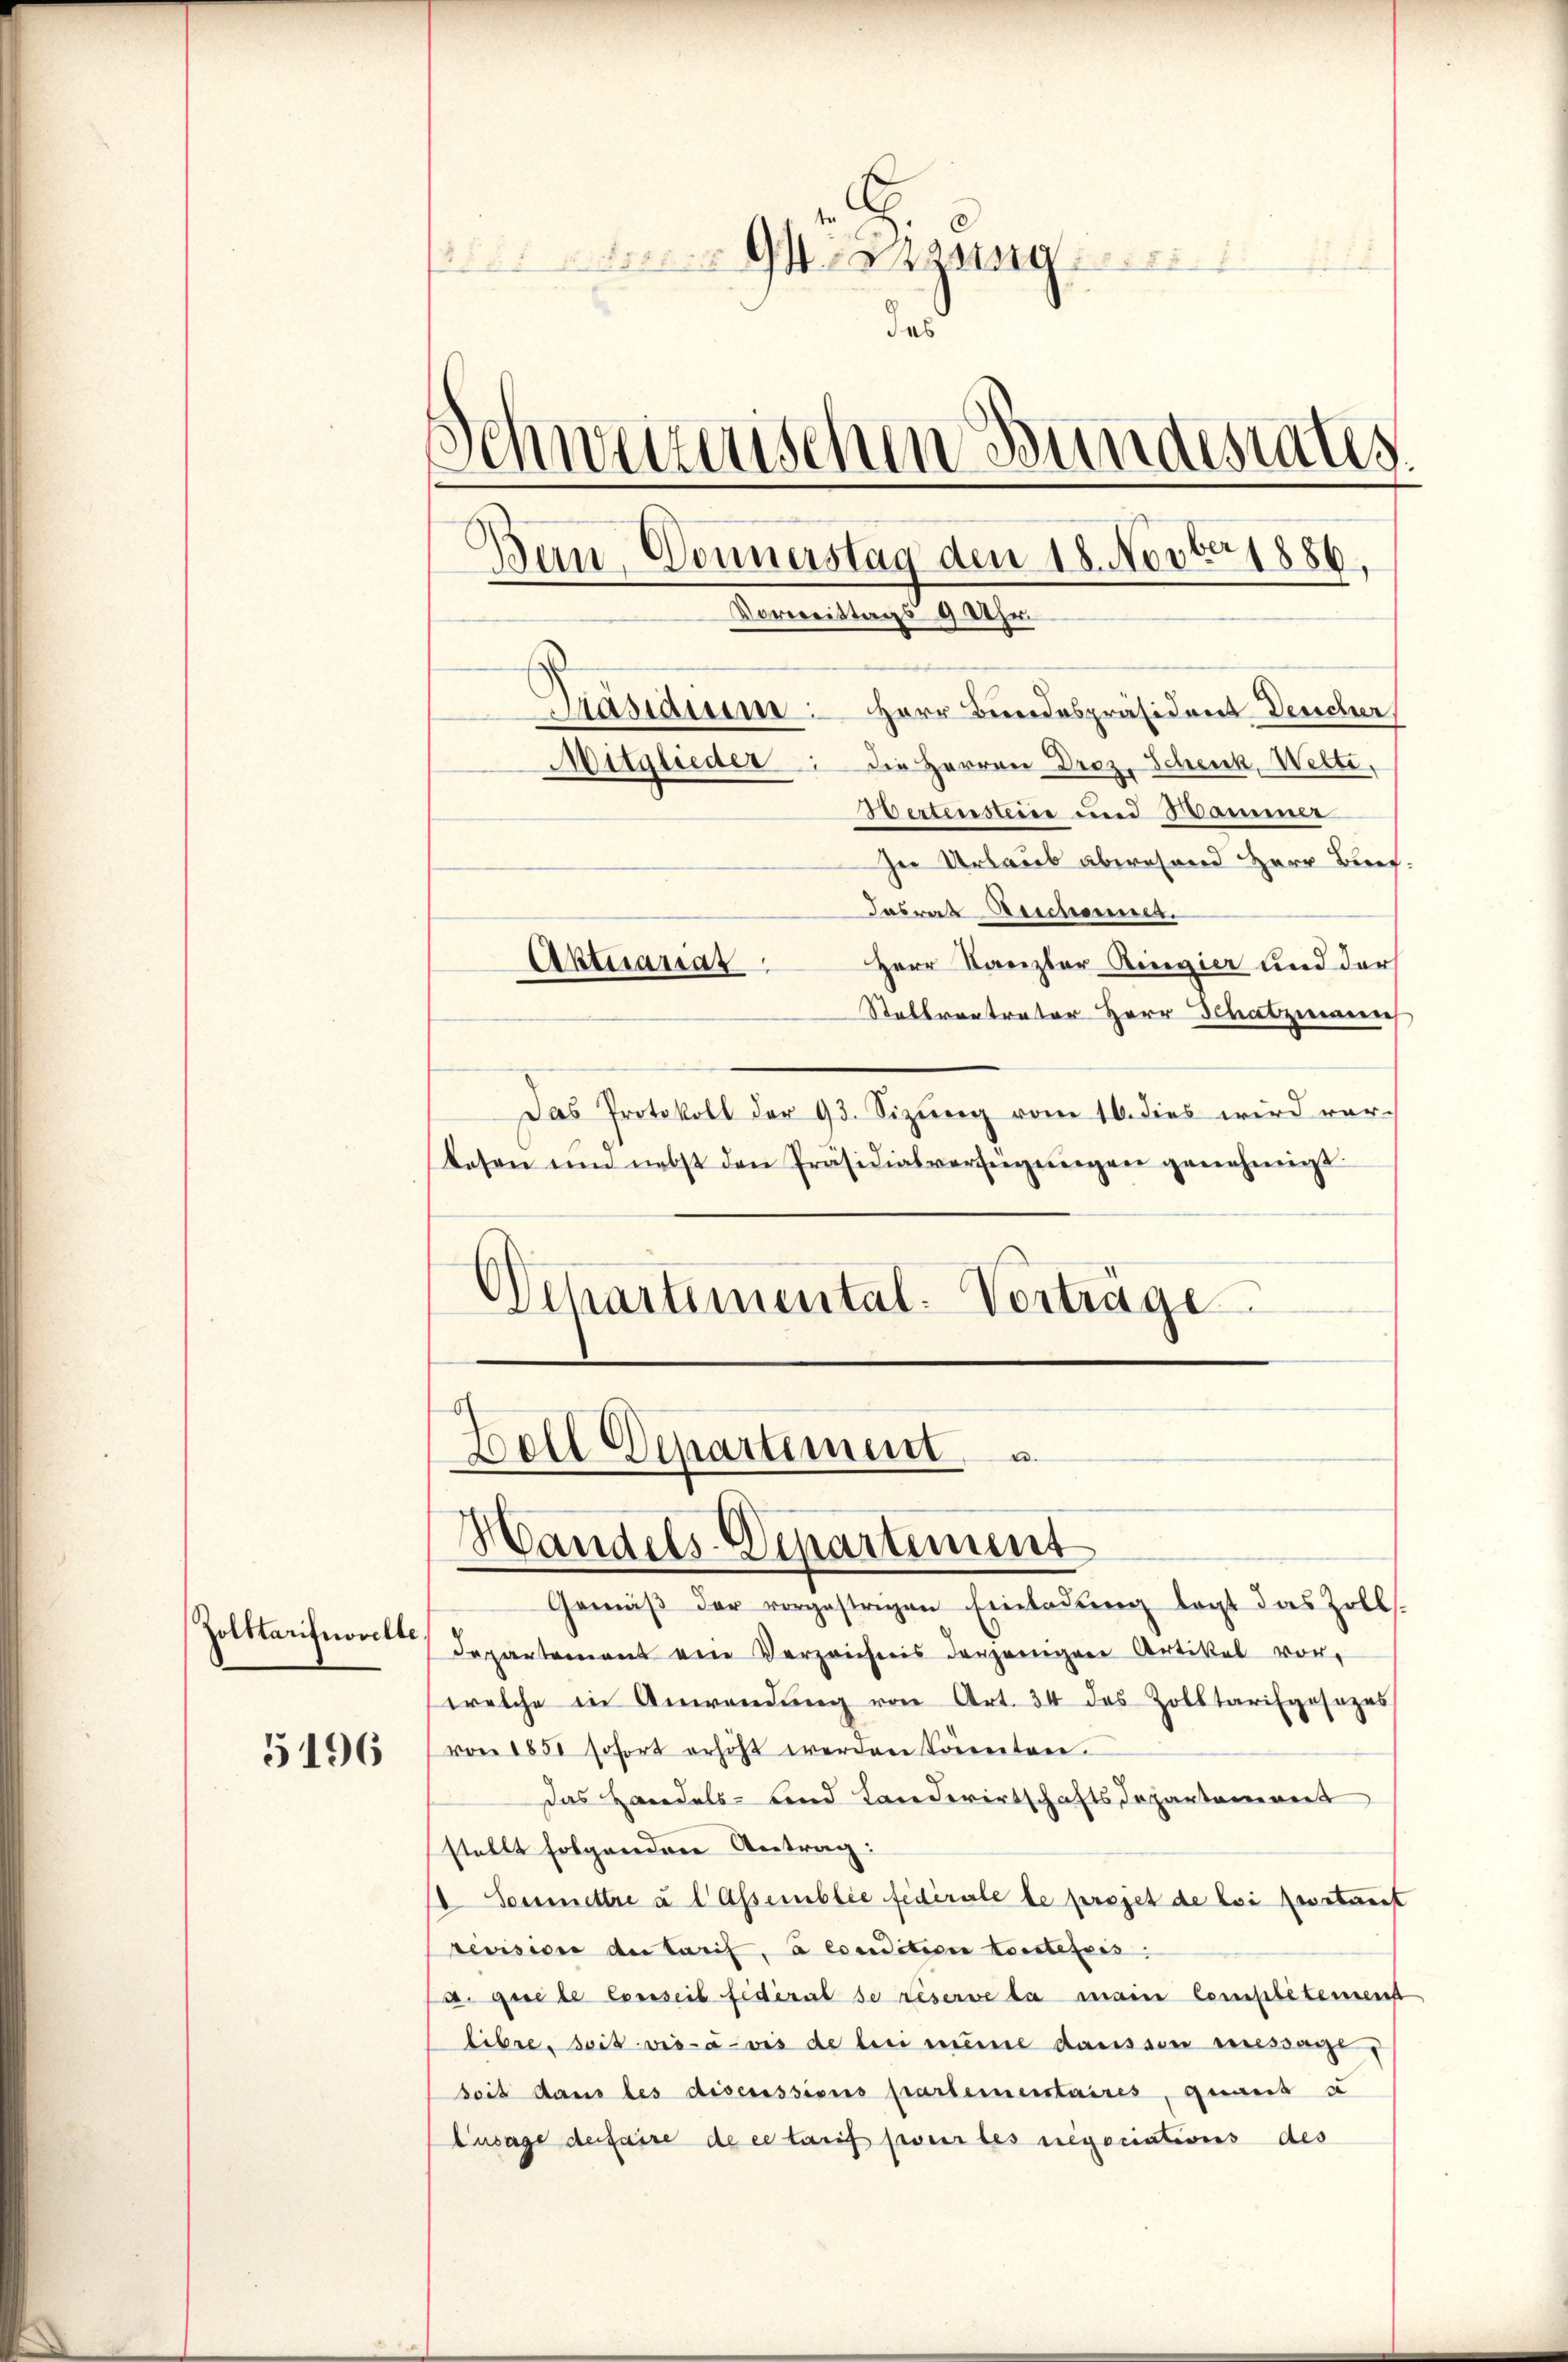
Zolttarifnovelle

5196

s
Schweizerischen Bundestates.
Bern, Donnerstag den 18. Novber 1886.
Vorereittags 9 Uhr.
.
Bastaine: Herr Bundespräsident Desicher
Mitglieder die Herren Droz. Schenk, Wette,

Bertensteine und Hammer
In Urlaub abwesend Herr Burf:
Tasrat Bescheint.
Herr Kanzler Ringier und der
Stellvertreter Herr Schatzmann
Das Protokoll der 93. Sizŭng vom 16. dies wird ver-
Lesen um nebst den Präsidialverfügungen genehmigt
Separtemental. Verträge
Boll Departement
Handels-Departement
Gemäβ der vorgestrigen Einladŭng legt das Zolls.
departement am Verzeichnis derjenigen Artikel vor-
welche in Anwendŭng von Art. 34 des Zolltarisposezes
von 1851 sofort erhöht werden könnten.
das Handels- und Landwirtschaftsdepartanevert
stellt folgenden Antrag:
 Soumettre u l Assemblie fédérale de projet de lei zerstant
revision der Tarif, à condition toutefois
a. que le Conseil fédéral de reserve la main Completement
libre. Seit vis-à-vis de bei meine daussen veressange
Seis dans les discussions partementaires, quant s
Eusage der faire de cetarif pour les negociations des

Aktuanas

des